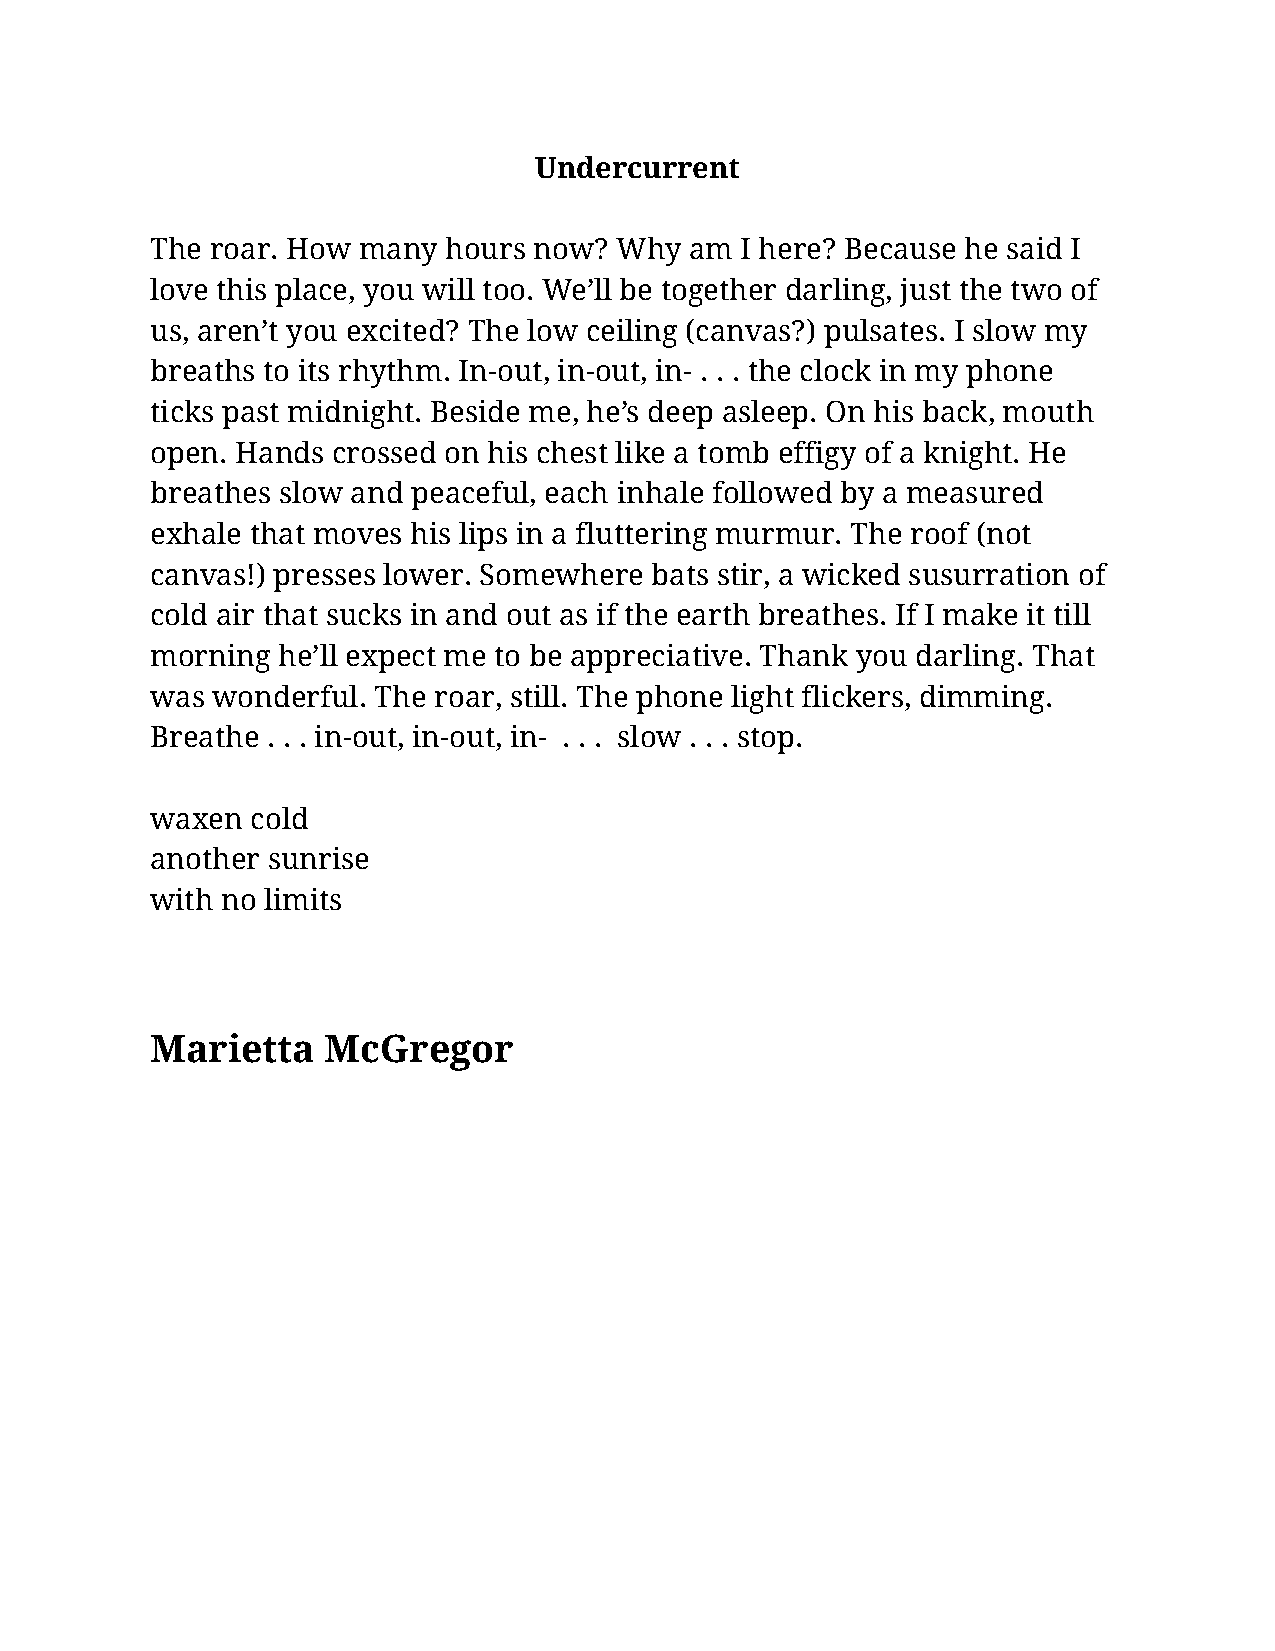
Undercurrent
 The roar. How many hours now?  Why  am I here? Because he said I
 love this place, you will too. We’ll be together darling, just the two of
 us, aren’t you excited? The low ceiling (canvas?) pulsates. I slow my
 breaths to its rhythm. In-out, in-out, in- . . . the clock in my phone
 ticks past midnight. Beside me, he’s deep asleep. On his back, mouth
 open. Hands crossed on his chest like a tomb effigy of a knight. He
 breathes slow and peaceful, each inhale followed by a measured
 exhale that moves his lips in a fluttering murmur. The roof (not
 canvas!) presses lower. Somewhere bats stir, a wicked susurration of
 cold air that sucks in and out as if the earth breathes. If I make it till
 morning he’ll expect me to be appreciative. Thank you darling. That
 was wonderful. The roar, still. The phone light flickers, dimming.
 Breathe . . . in-out, in-out, in- . . . slow . . . stop.
 waxen  cold
 another sunrise
 with no limits
 Marietta    McGregor